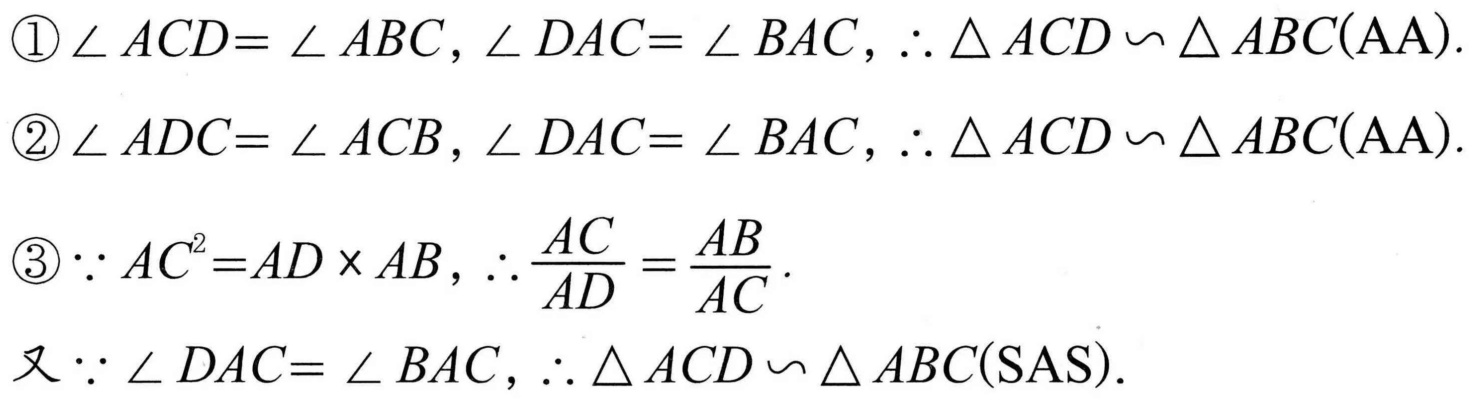
$\textcircled{1}\angle ACD=\angle ABC,\angle DAC = \angle BAC,\therefore\triangle ACD\backsim\triangle ABC(\text{AA}).$
$\textcircled{2}\angle ADC=\angle ACB,\angle DAC=\angle BAC,\therefore\triangle ACD\backsim\triangle ABC(\text{AA}).$
$\textcircled{3}\because AC^{2}=AD\times AB,\therefore \dfrac{AC}{AD}=\dfrac{AB}{AC}.$
又$\because\angle DAC=\angle BAC,\therefore\triangle ACD\backsim\triangle ABC(\text{SAS}).$